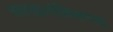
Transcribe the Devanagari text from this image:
सरदारांविरूध्द